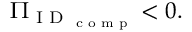
\Pi _ { \textrm { I D } _ { \textrm { c o m p } } } < 0 .